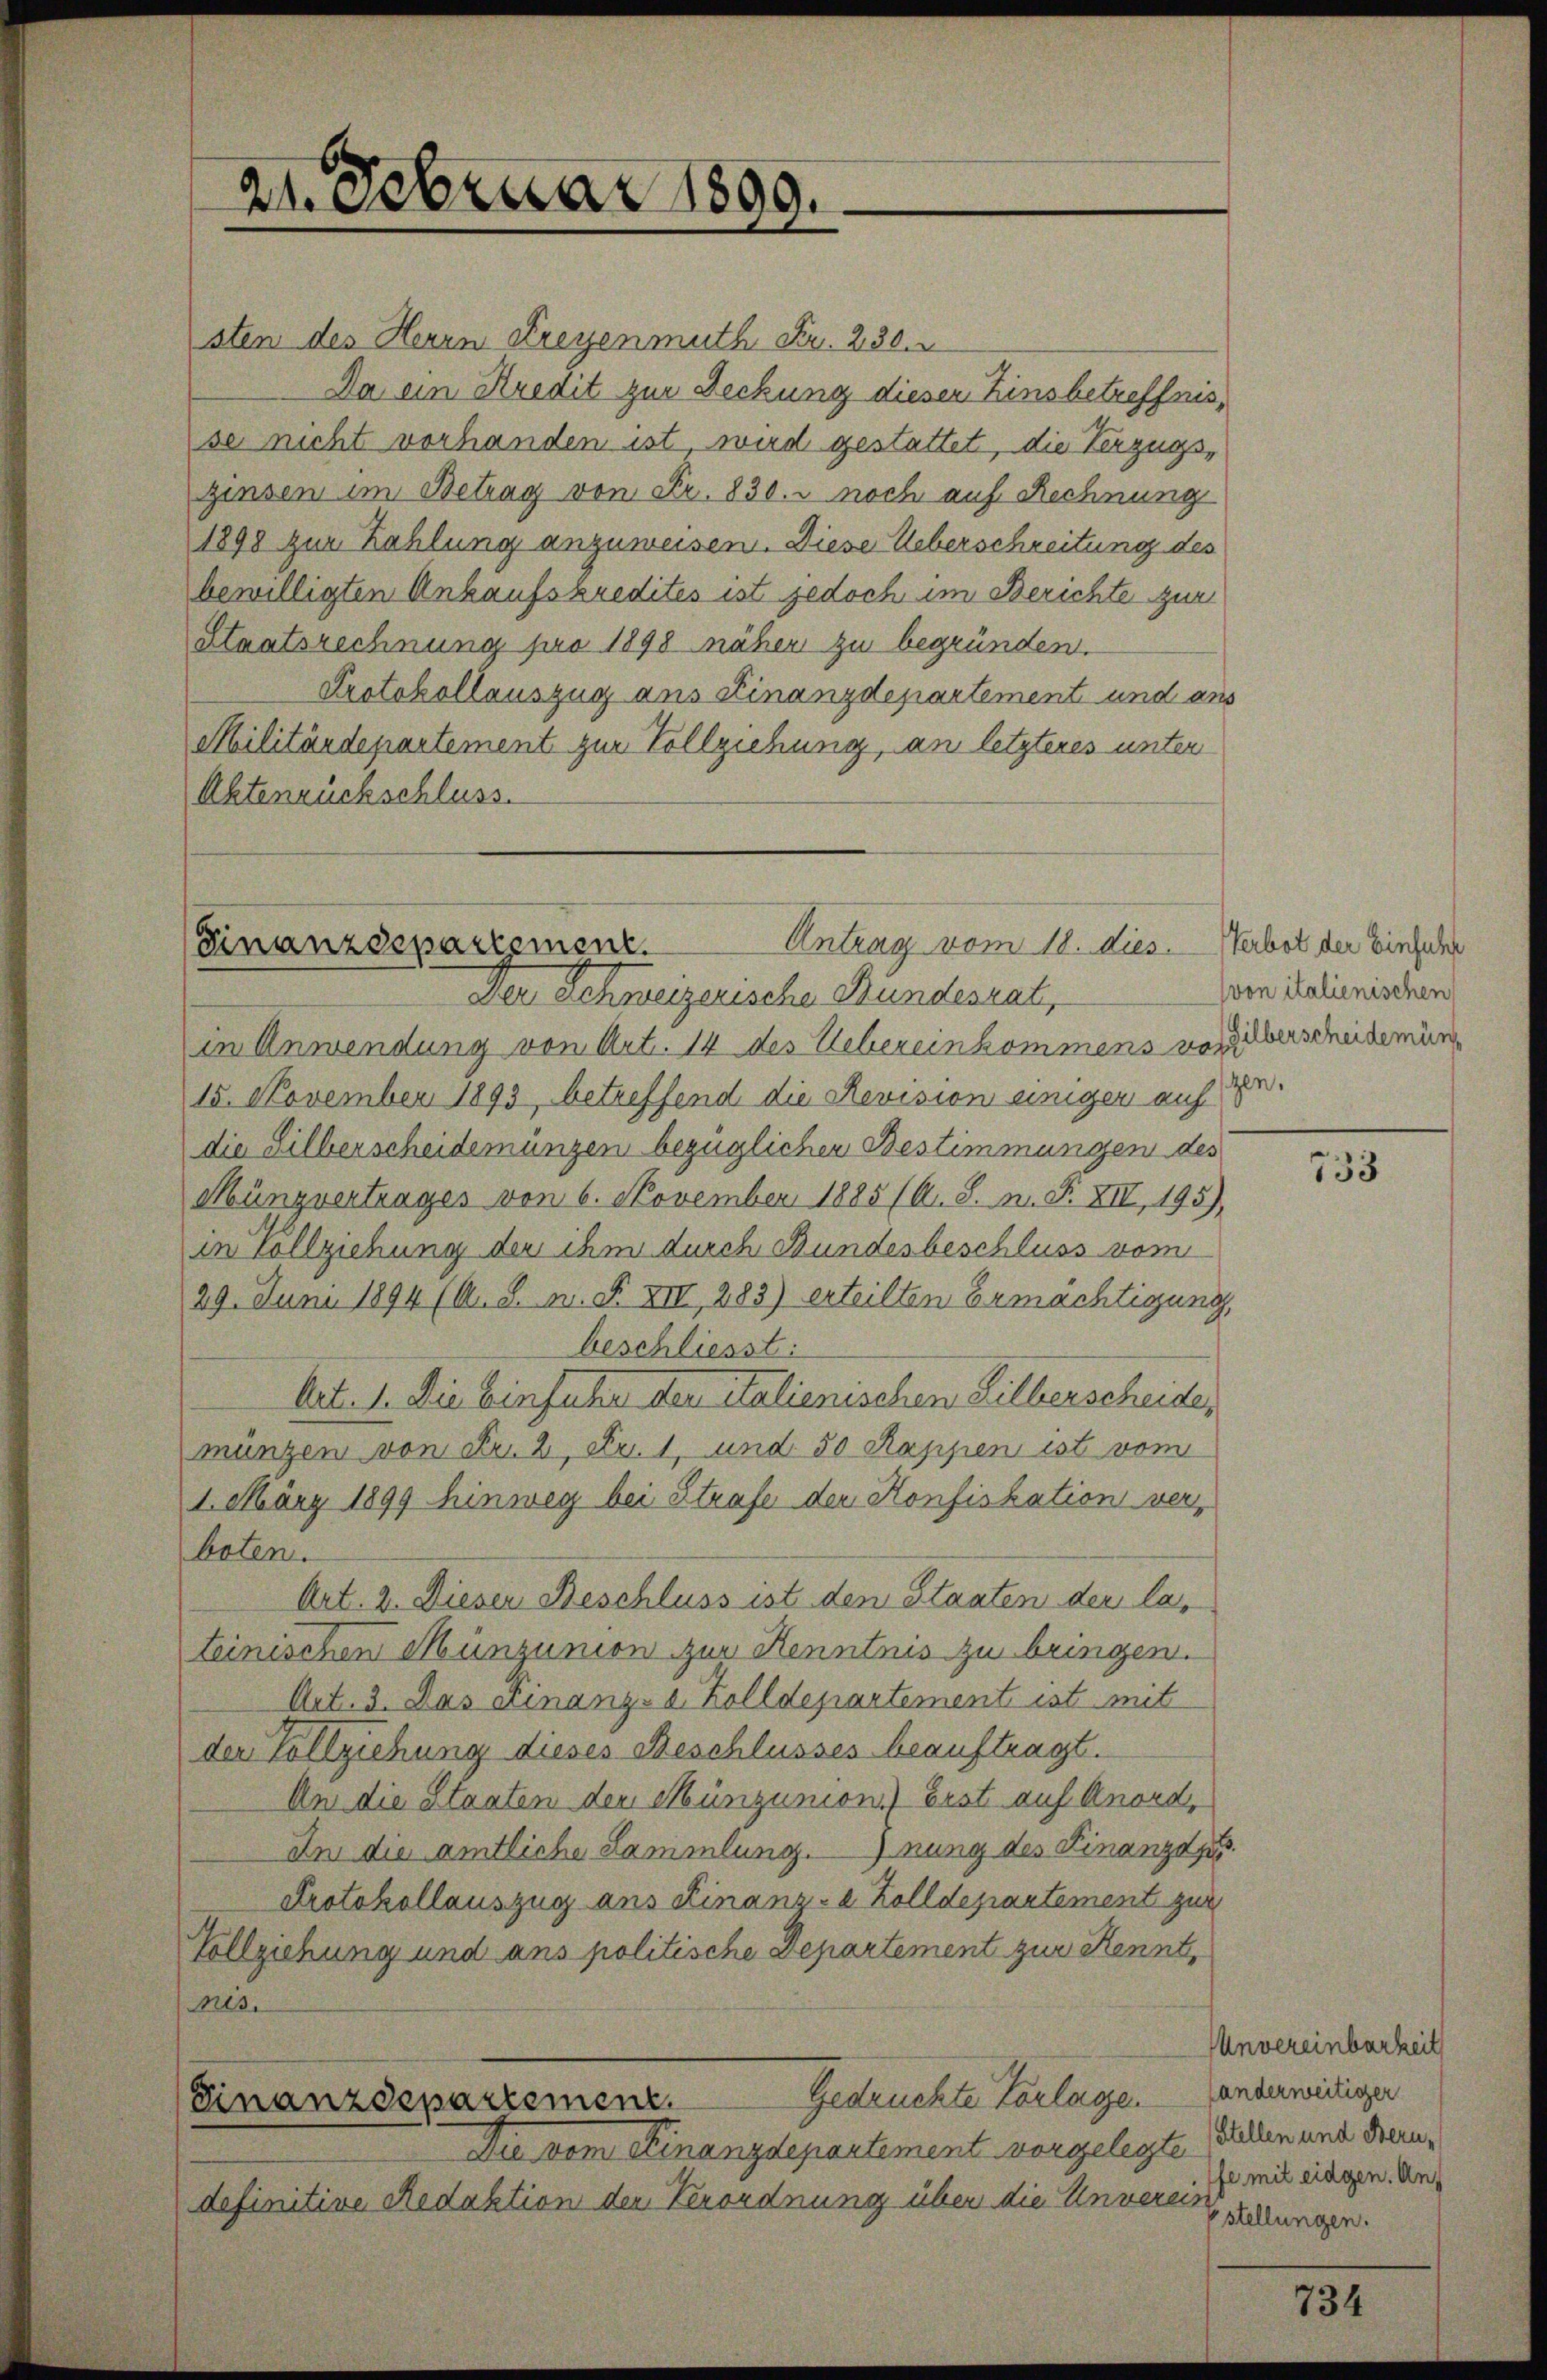
21. Februar 1899.

sten des Herrn Freyenmuth Fr. 230.
Da ein Kredit zur Deckung diesen Zinsbetreffnis,
se nicht vorhanden ist, wird gestattet, die Verzugszinsen im Betrag von Fr. 830. noch auf Rechnung
1898 zur Zahlung anzuweisen. Diese Ueberschreitung des
bewilligten Ankaufskredites ist jedoch im Berichte zur
Staatsrechnung pro 1898 näher zu begründen.
Protokollauszug ans Finanzdepartement und aus
Militärdepartement zur Vollziehung, an letzteres unter
Aktenrückschluss.

Antrag vom 18. dies. Verbot der Einfache
Finanzdeparteinger.

Der Schweizerische Bundesrat,
in Anwendung von Art. 14 des Uebereinkommens von erscheidemün
15. November 1893, betreffend die Revision einiger auf 10.
die Silberscheidemünzen bezüglichen Bestimmungen des
Münzvertrages von 6. November 1885/6. 8. n. F. XIV, 195),
in Vollziehung der ihm durch Bundesbeschluss vom
29. Juni 1894 (A. R. n. F. XIII, 283) erteilten Ermächtigung,
beschliesst:
Art. 1. Die Einfuhr der italienischen Lilberscheide,
münzen von Fr. 2, Nr. 1, und 50 Rappen ist vom
1. März 1899 hinweg bei Strafe der Konfiskation verboten.
Art. 2. Dieser Beschluss ist den Staaten der las
teinischen Münzunion zur Kenntnis zu bringen.
Art. 3. Das Finanz- u. Zolldepartement ist mit
der Vollziehung dieses Beschlusses beauftragt.
An die Staaten den Münzunion) Erst auf Anord¬
In die amtliche Sammlung.) nung des Finanzdi
Protokollauszug aus Finanz-a Zolldepartement zur
Vollziehung und ans politische Departement zur Kennt,
es.
Gedruckte Vorlage anderweitiger
Finanzdepartement.
Die vom Finanzdepartement vorgelegte
definitive Redaktion den Verordnung über die Anneren, wellungen.

(von italienischen

733

Unvereinbarkeit
Stellen und Bern,
fe mit eidgen. An¬

734